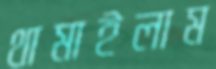
থামাইলাম